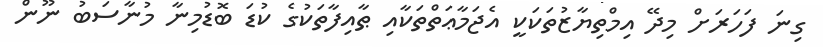
ގިނަ ފަހަރަށް މިދޭ އިމްތިޔާޒުތަކަކީ އެޖަމާޢަތްތަކާއި ޠާއިފާތަކުގެ ކުޑަ ބޮޑުމިނާ މުނާސަބު ނޫން